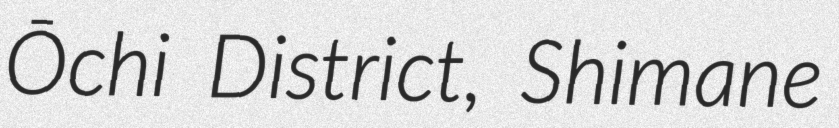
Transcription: Ōchi District, Shimane